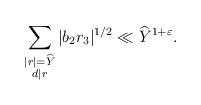
LaTeX: \begin{align*}\sum_{\substack{|r|=\widehat{Y}\\ d\mid r}}|b_2r_3|^{1/2} \ll \widehat{Y}^{1+\varepsilon}.\end{align*}